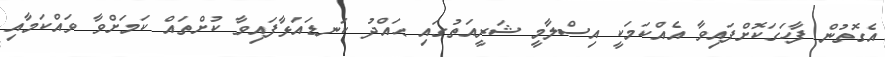
އެގޮތުން ފާހަގަކޮށްފައިވާ އެއްކަމަކީ އިސްލާމީ ޝަރީއަތުގައި ޙައްދު ކަނޑައަޅާފައިވާ ކުށްތައް ކަމަށްވާ ވައްކަމާއި